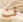
قت